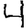
Digit: 4